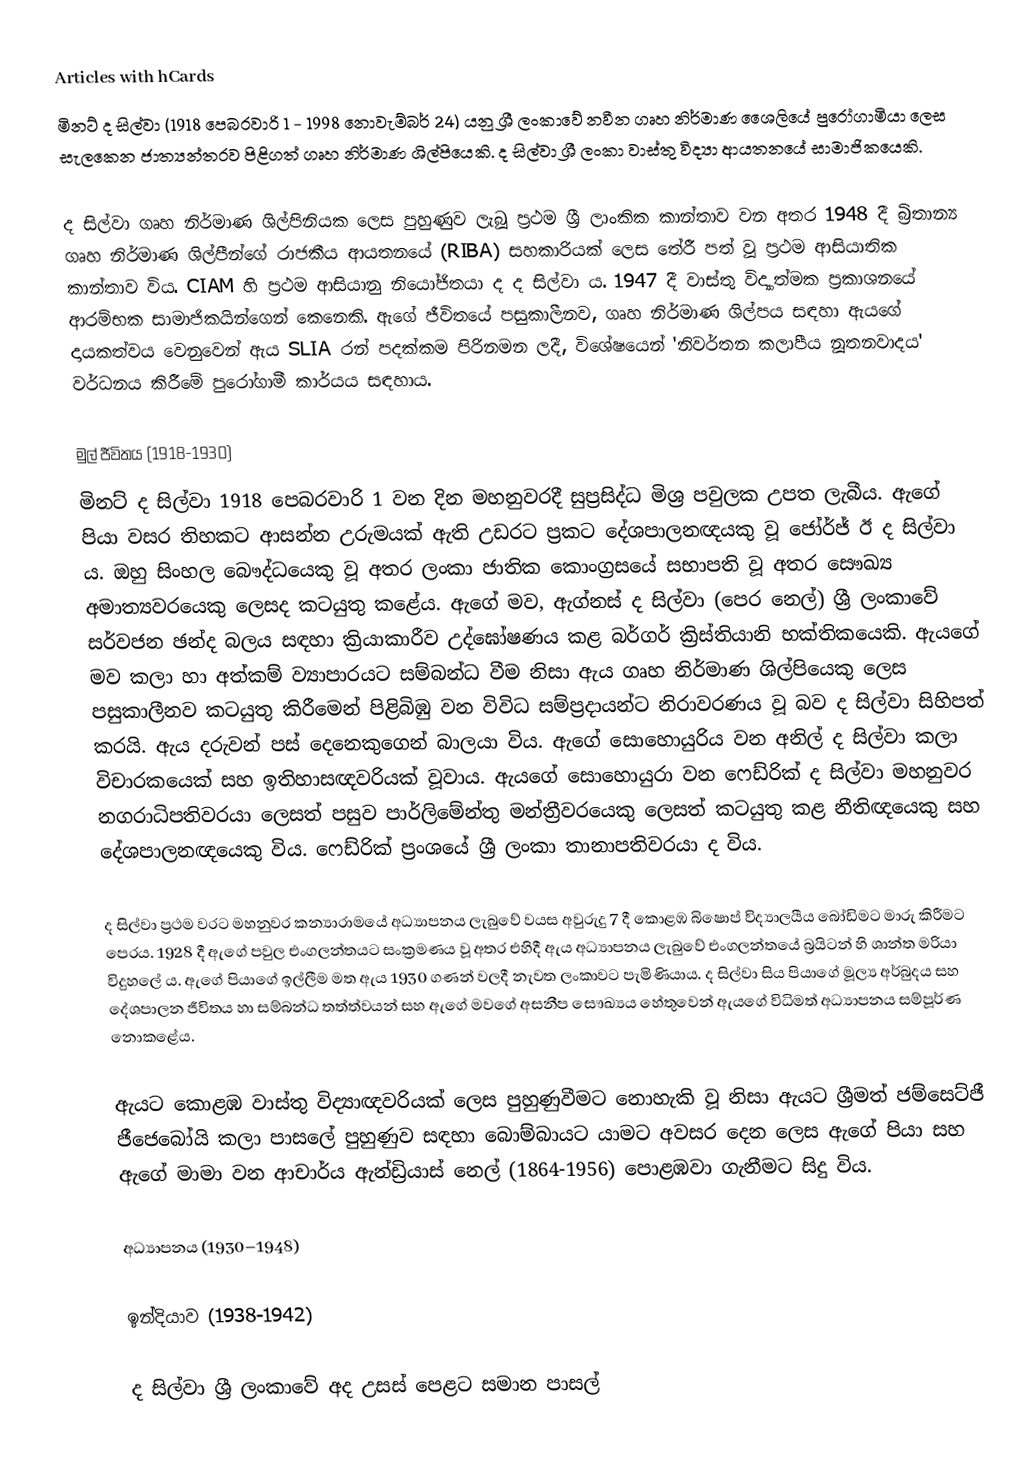
Articles with hCards
මිනට් ද සිල්වා (1918 පෙබරවාරි 1 - 1998 නොවැම්බර් 24) යනු ශ්‍රී ලංකාවේ නවීන ගෘහ නිර්මාණ ශෛලියේ පුරෝගාමියා ලෙස සැලකෙන ජාත්‍යන්තරව පිළිගත් ගෘහ නිර්මාණ ශිල්පියෙකි. ද සිල්වා ශ්‍රී ලංකා වාස්තු විද්‍යා ආයතනයේ සාමාජිකයෙකි.

ද සිල්වා ගෘහ නිර්මාණ ශිල්පිනියක ලෙස පුහුණුව ලැබූ ප්‍රථම ශ්‍රී ලාංකික කාන්තාව වන අතර 1948 දී බ්‍රිතාන්‍ය ගෘහ නිර්මාණ ශිල්පීන්ගේ රාජකීය ආයතනයේ (RIBA) සහකාරියක් ලෙස තේරී පත් වූ ප්‍රථම ආසියාතික කාන්තාව විය. CIAM හි ප්‍රථම ආසියානු නියෝජිතයා ද ද සිල්වා ය. 1947 දී වාස්තු විද්‍යාත්මක ප්‍රකාශනයේ ආරම්භක සාමාජිකයින්ගෙන් කෙනෙකි. ඇගේ ජීවිතයේ පසුකාලීනව, ගෘහ නිර්මාණ ශිල්පය සඳහා ඇයගේ දායකත්වය වෙනුවෙන් ඇය SLIA රන් පදක්කම පිරිනමන ලදී, විශේෂයෙන් 'නිවර්තන කලාපීය නූතනවාදය' වර්ධනය කිරීමේ පුරෝගාමී කාර්යය සඳහාය.

මුල් ජීවිතය (1918-1930)
මිනට් ද සිල්වා 1918 පෙබරවාරි 1 වන දින මහනුවරදී සුප්‍රසිද්ධ මිශ්‍ර පවුලක උපත ලැබීය. ඇගේ පියා වසර තිහකට ආසන්න උරුමයක් ඇති උඩරට ප්‍රකට දේශපාලනඥයකු වූ ජෝර්ජ් ඊ ද සිල්වා ය. ඔහු සිංහල බෞද්ධයෙකු වූ අතර ලංකා ජාතික කොංග්‍රසයේ සභාපති වූ අතර සෞඛ්‍ය අමාත්‍යවරයෙකු ලෙසද කටයුතු කළේය. ඇගේ මව, ඇග්නස් ද සිල්වා (පෙර නෙල්) ශ්‍රී ලංකාවේ සර්වජන ඡන්ද බලය සඳහා ක්‍රියාකාරීව උද්ඝෝෂණය කළ බර්ගර් ක්‍රිස්තියානි භක්තිකයෙකි. ඇයගේ මව කලා හා අත්කම් ව්‍යාපාරයට සම්බන්ධ වීම නිසා ඇය ගෘහ නිර්මාණ ශිල්පියෙකු ලෙස පසුකාලීනව කටයුතු කිරීමෙන් පිළිබිඹු වන විවිධ සම්ප්‍රදායන්ට නිරාවරණය වූ බව ද සිල්වා සිහිපත් කරයි. ඇය දරුවන් පස් දෙනෙකුගෙන් බාලයා විය. ඇගේ සොහොයුරිය වන අනිල් ද සිල්වා කලා විචාරකයෙක් සහ ඉතිහාසඥවරියක් වූවාය. ඇයගේ සොහොයුරා වන ෆෙඩ්රික් ද සිල්වා මහනුවර නගරාධිපතිවරයා ලෙසත් පසුව පාර්ලිමේන්තු මන්ත්‍රීවරයෙකු ලෙසත් කටයුතු කළ නීතිඥයෙකු සහ දේශපාලනඥයෙකු විය. ෆෙඩ්රික් ප්‍රංශයේ ශ්‍රී ලංකා තානාපතිවරයා ද විය.

ද සිල්වා ප්‍රථම වරට මහනුවර කන්‍යාරාමයේ අධ්‍යාපනය ලැබුවේ වයස අවුරුදු 7 දී කොළඹ බිෂොප් විද්‍යාලයීය බෝඩිමට මාරු කිරීමට පෙරය. 1928 දී ඇගේ පවුල එංගලන්තයට සංක්‍රමණය වූ අතර එහිදී ඇය අධ්‍යාපනය ලැබුවේ එංගලන්තයේ බ්‍රයිටන් හි ශාන්ත මරියා විදුහලේ ය. ඇගේ පියාගේ ඉල්ලීම මත ඇය 1930 ගණන් වලදී නැවත ලංකාවට පැමිණියාය. ද සිල්වා සිය පියාගේ මූල්‍ය අර්බුදය සහ දේශපාලන ජීවිතය හා සම්බන්ධ තත්ත්වයන් සහ ඇගේ මවගේ අසනීප සෞඛ්‍යය හේතුවෙන් ඇයගේ විධිමත් අධ්‍යාපනය සම්පූර්ණ නොකළේය.

ඇයට කොළඹ වාස්තු විද්‍යාඥවරියක් ලෙස පුහුණුවීමට නොහැකි වූ නිසා ඇයට ශ්‍රීමත් ජම්සෙට්ජී ජීජෙබෝයි කලා පාසලේ පුහුණුව සඳහා බොම්බායට යාමට අවසර දෙන ලෙස ඇගේ පියා සහ ඇගේ මාමා වන ආචාර්ය ඇන්ඩ්‍රියාස් නෙල් (1864-1956) පොළඹවා ගැනීමට සිදු විය.

අධ්‍යාපනය (1930–1948)

 ඉන්දියාව (1938-1942)

ද සිල්වා ශ්‍රී ලංකාවේ අද උසස් පෙළට සමාන පාසල්